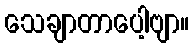
သေချာတာပေါ့ဗျာ။